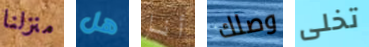
منزلنا هل أنا وصلك تخلى